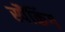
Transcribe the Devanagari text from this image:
स्पैंकिंग